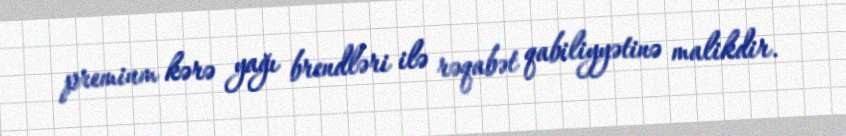
premium kərə yağı brendləri ilə rəqabət qabiliyyətinə malikdir.